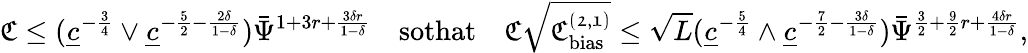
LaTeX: \mathfrak{C}\le(\underline{{c}}^{-\frac{3}{4}}\vee\underline{{c}}^{-\frac{5}{2}-\frac{2\delta}{1-\delta}})\bar{\Psi}^{1+3r+\frac{3\delta r}{1-\delta}}\quad\textnormal{sothat}\quad\mathfrak{C}\sqrt{\mathfrak{C_{\mathrm{bias}}^{(2,1)}}}\le\sqrt{L}(\underline{{c}}^{-\frac{5}{4}}\wedge\underline{{c}}^{-{\frac{7}{2}}-\frac{3\delta}{1-\delta}})\bar{\Psi}^{\frac{3}{2}+\frac{9}{2}r+\frac{4\delta r}{1-\delta}},